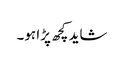
شاید کچھ پڑا ہو۔